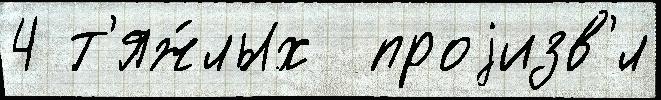
4 т'яж́лых  проjизв'́л